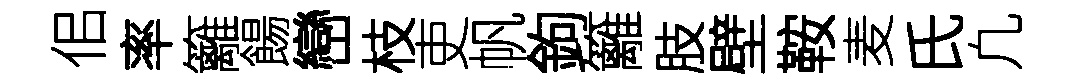
佀率籬餳巒枝吏帆鉤籬肢壁鞍麦氏凢